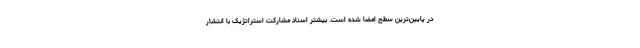
در پایین‌ترین سطح امضا شده است. بیشتر اسناد مشارکت استراتژیک با انتشار